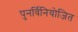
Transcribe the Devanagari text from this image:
पुनर्विनियोजित